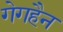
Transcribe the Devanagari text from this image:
गेगहैन